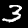
Label: 3